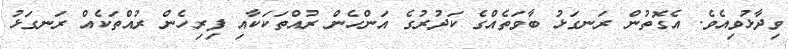
ވިދާޅުވިއެވެ. އެގޮތުން ރަނގަޅު ބާވަތެއްގެ ކަދުރުގެ އަންހެން ރުއްތަކަކާއި ފިރިހެން ރުއްތަކެއް ރަނގަޅު